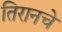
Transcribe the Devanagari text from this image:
तिरानचे